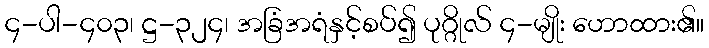
၄-ပါ-၄၀၃၊ ဋ္ဌ-၃၂၄၊ အခြံအရံနှင့်စပ်၍ ပုဂ္ဂိုလ် ၄-မျိုး ဟောထား၏။